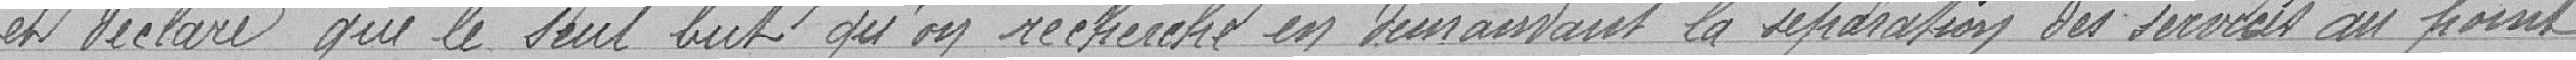
et déclare que le seul but qu'on recherche en demandant la séparation des services au point